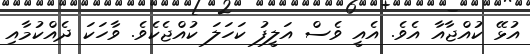
އުޅޭ ކުއްޖާއާ އެވެ. އެއީ ވެސް އަލީފު ކަހަލަ ކުއްޖެކެވެ. ވާހަކަ ދެއްކުމާއި